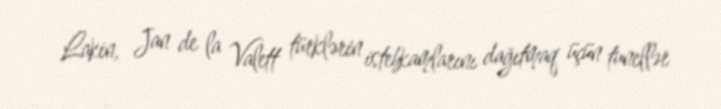
Lakin, Jan de la Valett türklərin istehkamlarını dağıtmaq üçün tunellər